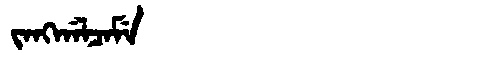
Manchu: ᠵᠠᠩᡤᠠᠯᠴᠠᠮᡝ
Romanization: JANGGALCAME